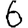
Digit: 6